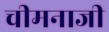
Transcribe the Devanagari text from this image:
चीमनाजी